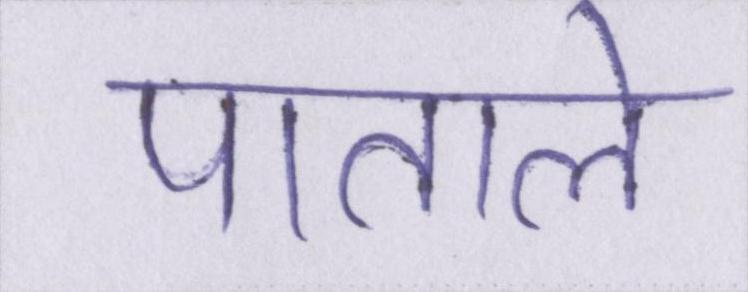
पाताले